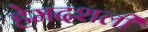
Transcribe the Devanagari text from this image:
हेमदशली